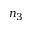
n _ { 3 }